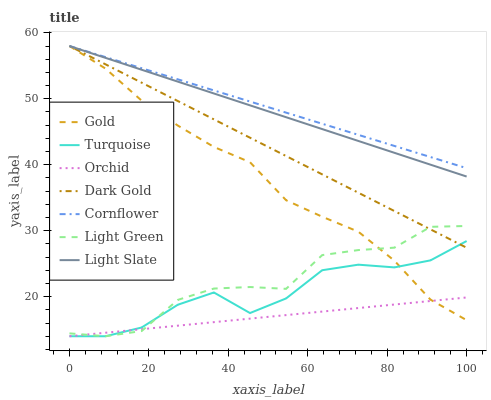
| xaxis_label | Gold | Turquoise | Orchid | Dark Gold | Cornflower | Light Green | Light Slate |
 | --- | --- | --- | --- | --- | --- | --- | --- |
 | 0 | 58 | 14 | 14 | 58 | 58 | 14.4 | 58 |
 | 9.09 | 54.6 | 14 | 14.5 | 55.2 | 56.3 | 14 | 56.2 |
 | 18.2 | 49.7 | 15.3 | 15.1 | 52.4 | 54.6 | 14.8 | 54.4 |
 | 27.3 | 45.9 | 18.8 | 15.6 | 49.7 | 52.9 | 19.5 | 52.6 |
 | 36.4 | 42.7 | 20.6 | 16.1 | 46.9 | 51.3 | 21.2 | 50.8 |
 | 45.5 | 40.4 | 17.5 | 16.7 | 44.1 | 49.6 | 21.5 | 49 |
 | 54.5 | 34.6 | 19.7 | 17.2 | 41.3 | 47.9 | 21.2 | 47.2 |
 | 63.6 | 32.1 | 24 | 17.7 | 38.5 | 46.2 | 26.3 | 45.4 |
 | 72.7 | 29.9 | 24.9 | 18.3 | 35.8 | 44.5 | 27.1 | 43.6 |
 | 81.8 | 25.5 | 24.4 | 18.8 | 33 | 42.8 | 27.4 | 41.8 |
 | 90.9 | 19.5 | 25.5 | 19.3 | 30.2 | 41.2 | 30.6 | 40 |
 | 100 | 16.4 | 28.4 | 19.9 | 27.4 | 39.5 | 30.7 | 38.2 |